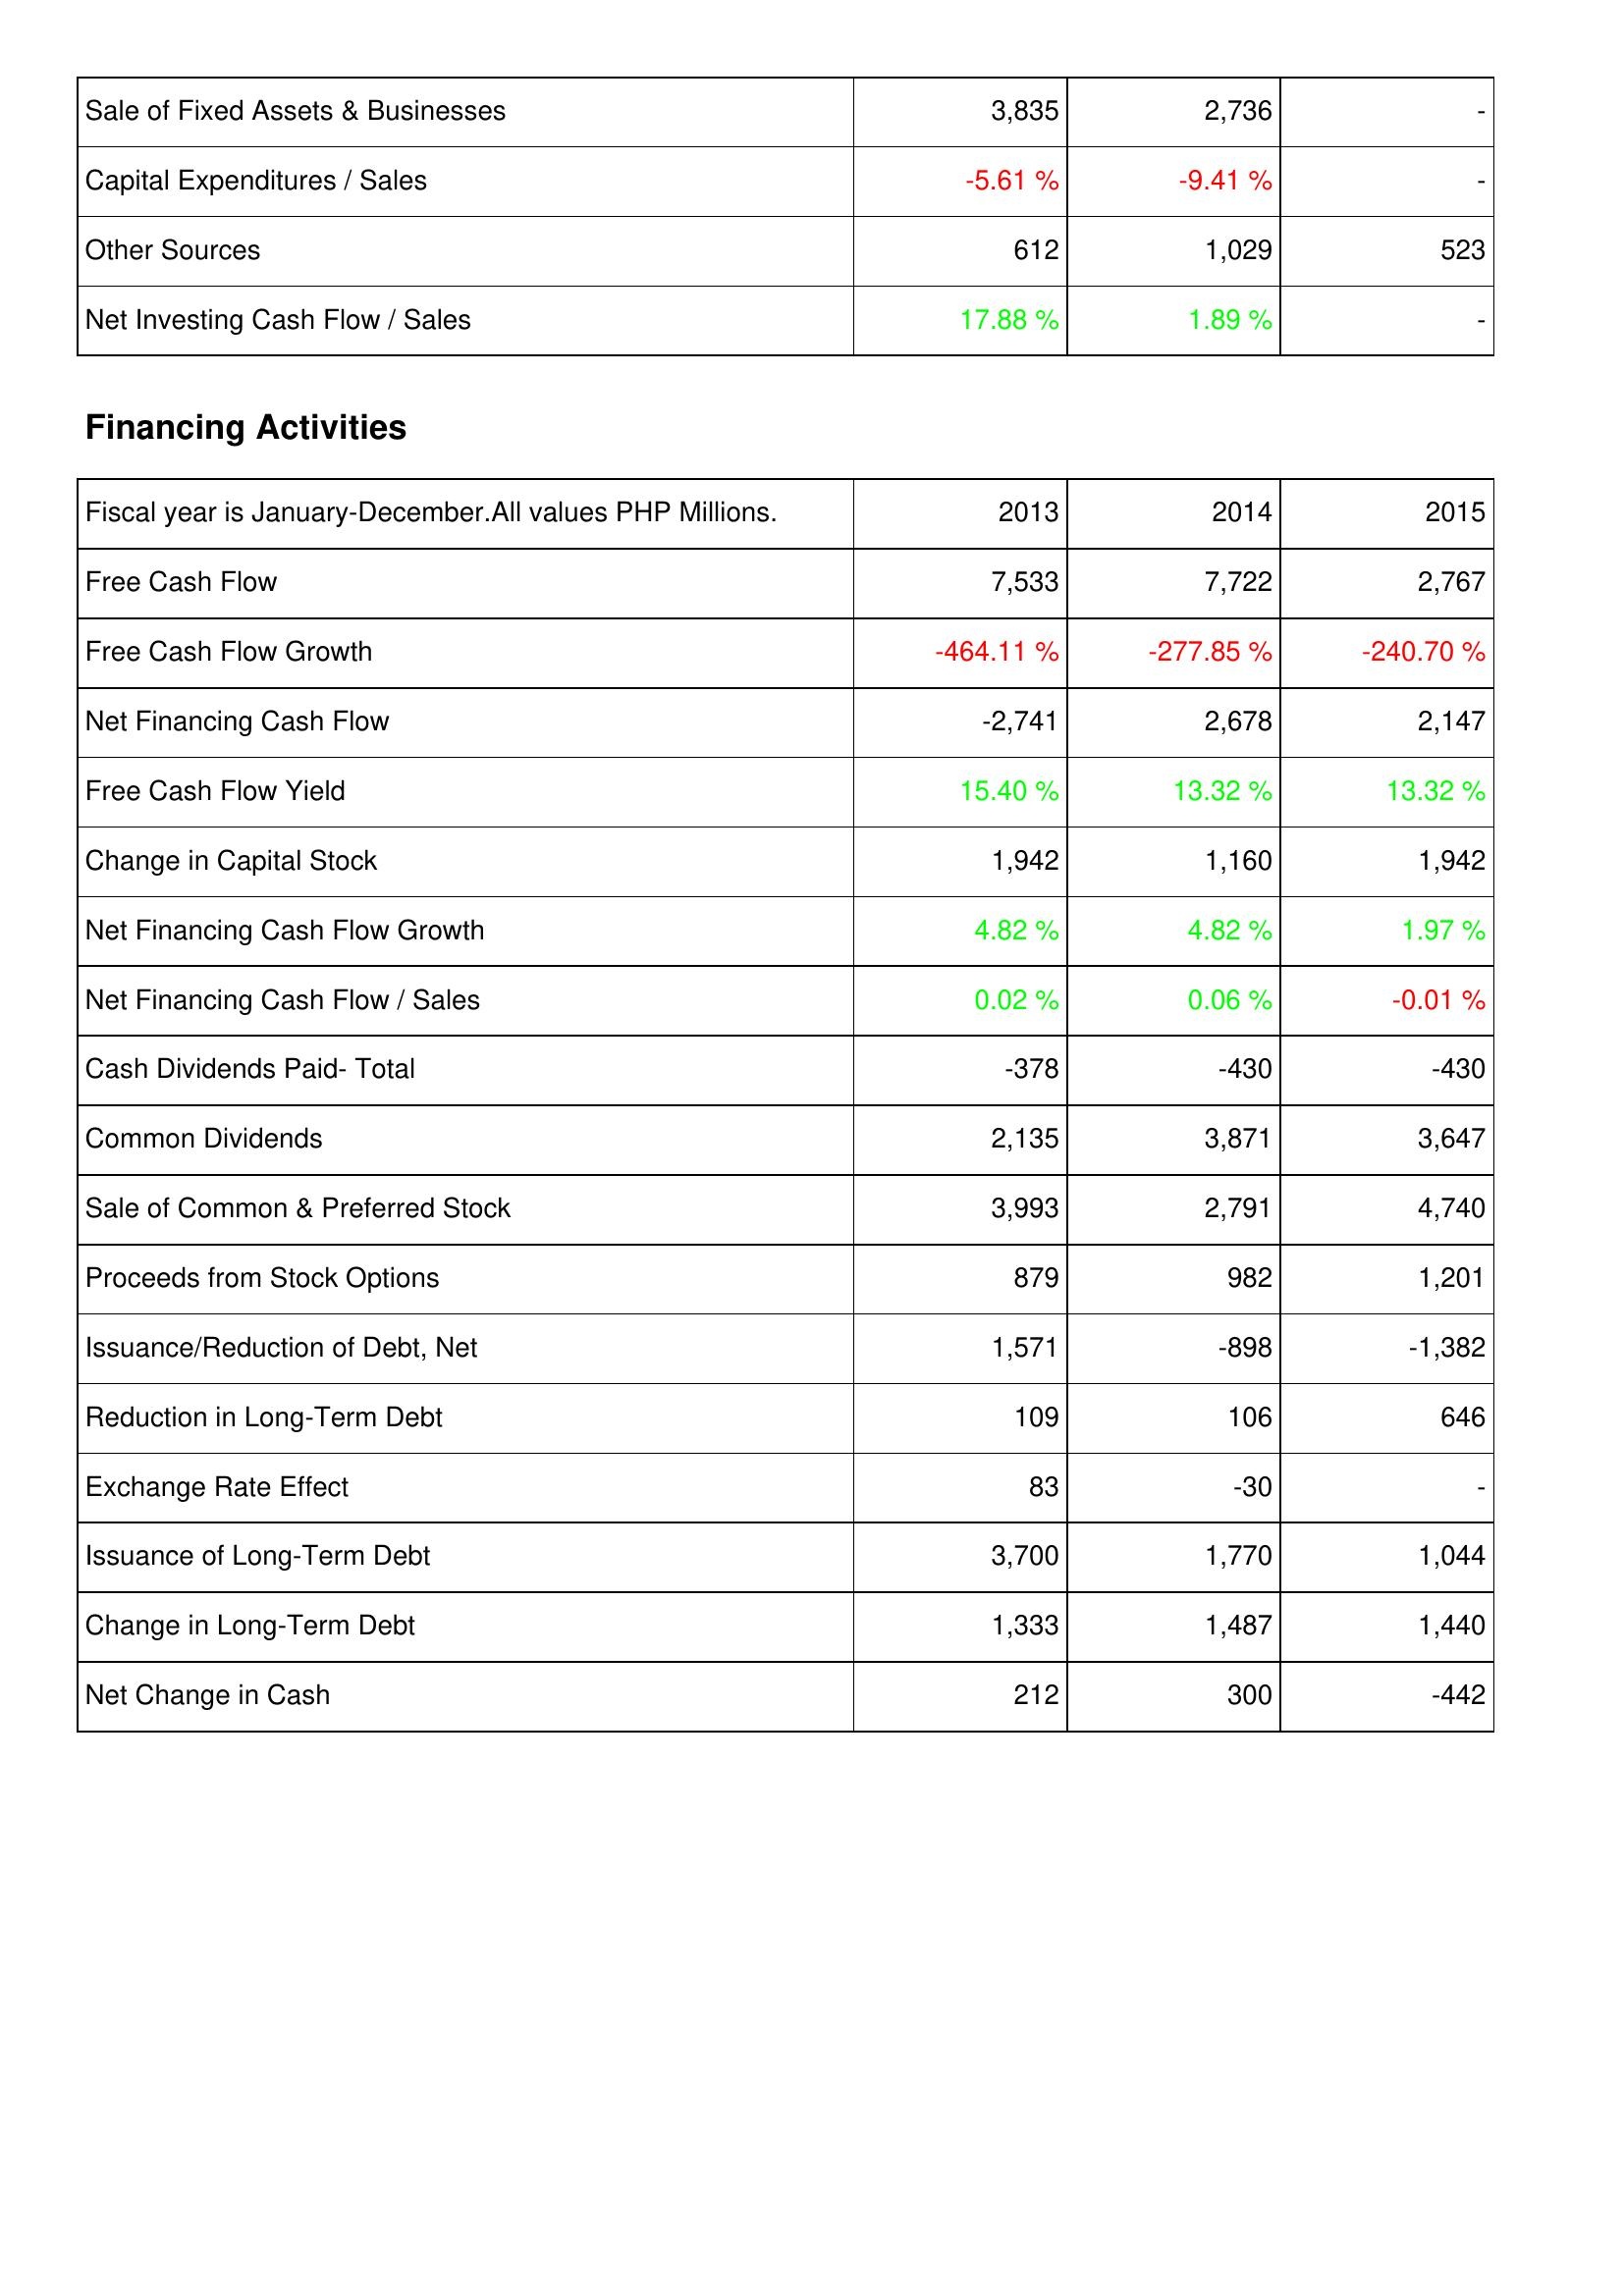
2013: Investing Activities: Sale of Fixed Assets & Businesses: 3,835
Capital Expenditures / Sales: -5.61 %
Other Sources: 612
Net Investing Cash Flow / Sales: 17.88 %
Financing Activities: Free Cash Flow: 7,533
Free Cash Flow Growth: -464.11 %
Net Financing Cash Flow: -2,741
Free Cash Flow Yield: 15.40 %
Change in Capital Stock: 1,942
Net Financing Cash Flow Growth: 4.82 %
Net Financing Cash Flow / Sales: 0.02 %
Cash Dividends Paid- Total: -378
Common Dividends: 2,135
Sale of Common & Preferred Stock: 3,993
Proceeds from Stock Options: 879
Issuance/Reduction of Debt, Net: 1,571
Reduction in Long-Term Debt: 109
Exchange Rate Effect: 83
Issuance of Long-Term Debt: 3,700
Change in Long-Term Debt: 1,333
Net Change in Cash: 212
2014: Investing Activities: Sale of Fixed Assets & Businesses: 2,736
Capital Expenditures / Sales: -9.41 %
Other Sources: 1,029
Net Investing Cash Flow / Sales: 1.89 %
Financing Activities: Free Cash Flow: 7,722
Free Cash Flow Growth: -277.85 %
Net Financing Cash Flow: 2,678
Free Cash Flow Yield: 13.32 %
Change in Capital Stock: 1,160
Net Financing Cash Flow Growth: 4.82 %
Net Financing Cash Flow / Sales: 0.06 %
Cash Dividends Paid- Total: -430
Common Dividends: 3,871
Sale of Common & Preferred Stock: 2,791
Proceeds from Stock Options: 982
Issuance/Reduction of Debt, Net: -898
Reduction in Long-Term Debt: 106
Exchange Rate Effect: -30
Issuance of Long-Term Debt: 1,770
Change in Long-Term Debt: 1,487
Net Change in Cash: 300
2015: Investing Activities: Sale of Fixed Assets & Businesses: -
Capital Expenditures / Sales: -
Other Sources: 523
Net Investing Cash Flow / Sales: -
Financing Activities: Free Cash Flow: 2,767
Free Cash Flow Growth: -240.70 %
Net Financing Cash Flow: 2,147
Free Cash Flow Yield: 13.32 %
Change in Capital Stock: 1,942
Net Financing Cash Flow Growth: 1.97 %
Net Financing Cash Flow / Sales: -0.01 %
Cash Dividends Paid- Total: -430
Common Dividends: 3,647
Sale of Common & Preferred Stock: 4,740
Proceeds from Stock Options: 1,201
Issuance/Reduction of Debt, Net: -1,382
Reduction in Long-Term Debt: 646
Exchange Rate Effect: -
Issuance of Long-Term Debt: 1,044
Change in Long-Term Debt: 1,440
Net Change in Cash: -442